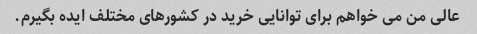
عالی من می خواهم برای توانایی خرید در کشورهای مختلف ایده بگیرم.